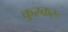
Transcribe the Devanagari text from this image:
कुस्करू